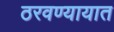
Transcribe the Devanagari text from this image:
ठरवण्यायात